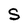
Character: S